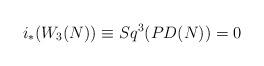
LaTeX: \begin{align*}i_*(W_3(N))\equiv Sq^3(PD(N))=0 \end{align*}